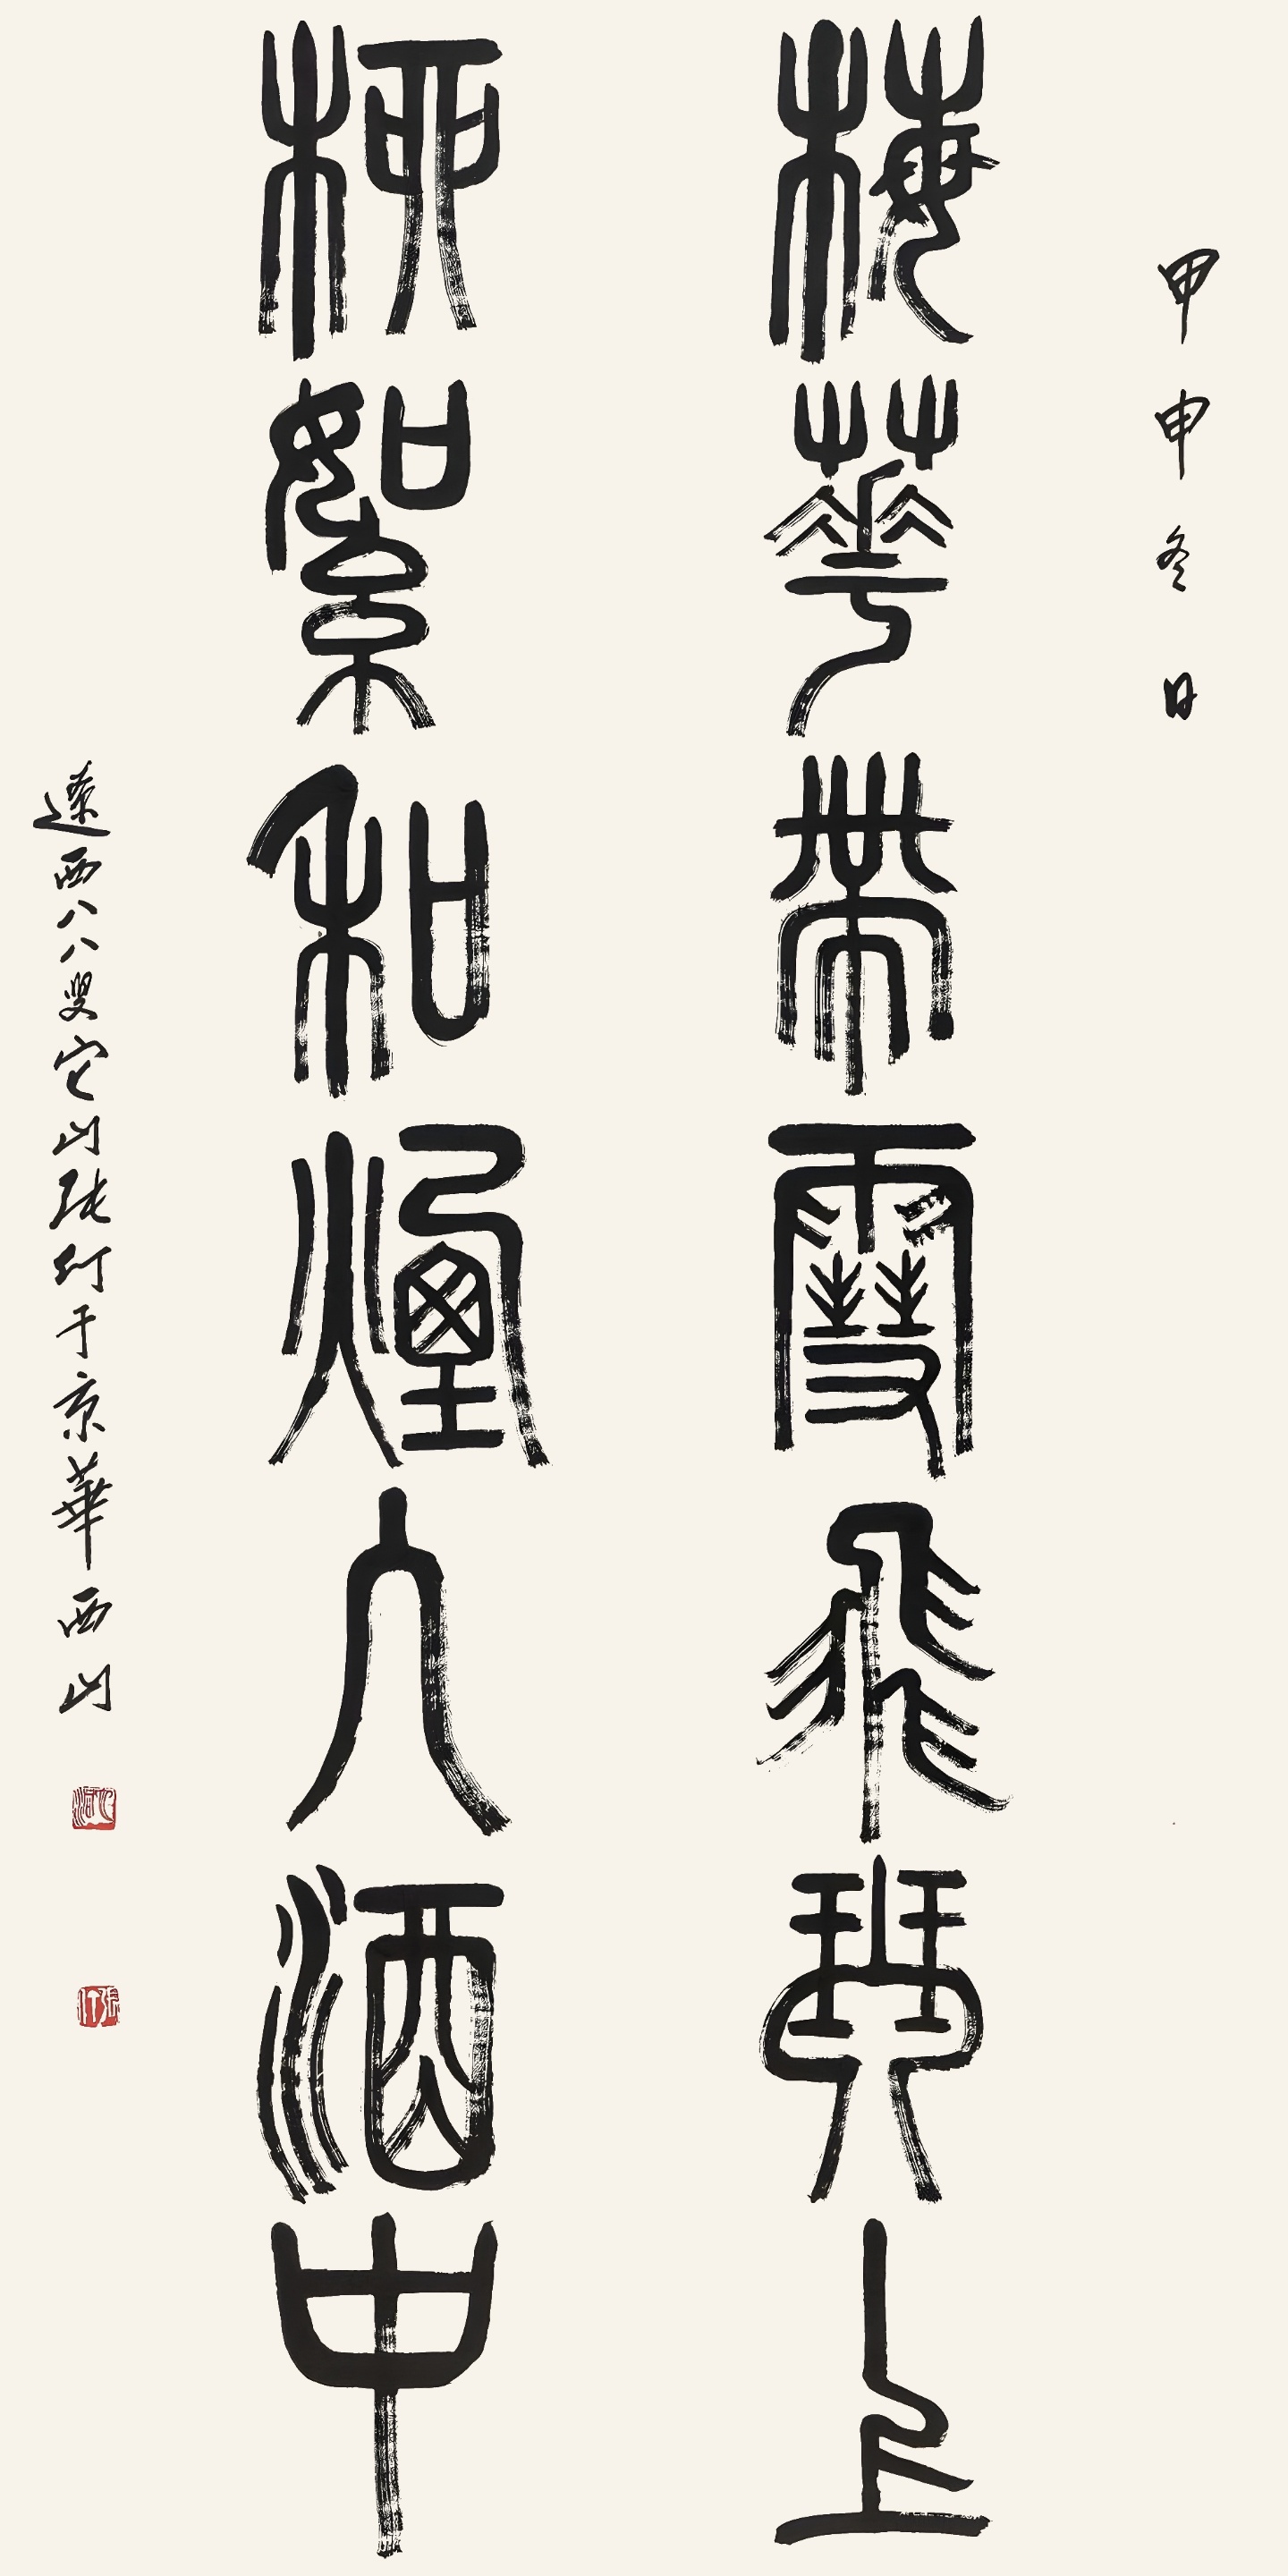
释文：梅花带雪飞琴上，柳絮和烟入酒中。甲申冬日，辽西八八叟它山张仃于京华西山。